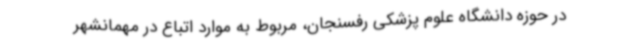
در حوزه دانشگاه علوم پزشکی رفسنجان، مربوط به موارد اتباع در مهمانشهر